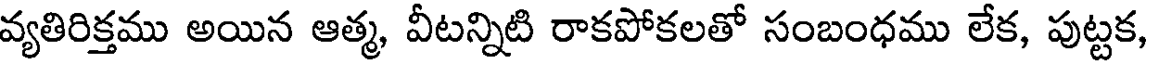
వ్యతిరిక్తము అయిన ఆత్మ, వీటన్నిటి రాకపోకలతో సంబంధము లేక, పుట్టక,